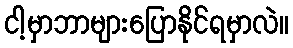
ငါ့မှာဘာများပြောနိုင်ရမှာလဲ။